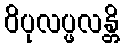
ဝိပုလပ္ဖလန္တိ